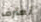
تعترف